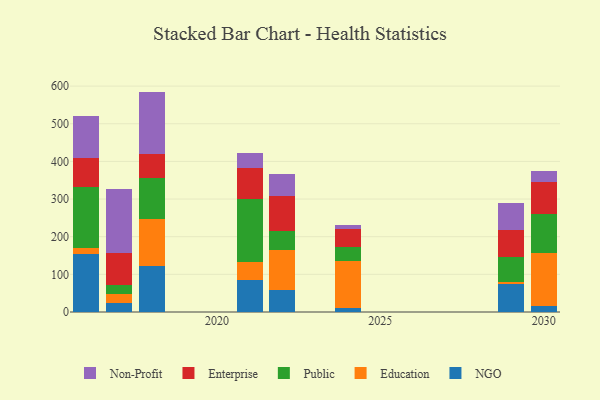
{"axis": {"x": "Year", "y": "Tickets Resolved"}, "legend": ["Education", "Enterprise", "NGO", "Non-Profit", "Public"], "data": [{"x": "2017", "y": 25.1, "type": "NGO"}, {"x": "2017", "y": 23.9, "type": "Education"}, {"x": "2017", "y": 23.9, "type": "Public"}, {"x": "2017", "y": 83.5, "type": "Enterprise"}, {"x": "2017", "y": 169.4, "type": "Non-Profit"}, {"x": "2021", "y": 84.0, "type": "NGO"}, {"x": "2021", "y": 48.0, "type": "Education"}, {"x": "2021", "y": 168.8, "type": "Public"}, {"x": "2021", "y": 82.3, "type": "Enterprise"}, {"x": "2021", "y": 40.0, "type": "Non-Profit"}, {"x": "2018", "y": 121.1, "type": "NGO"}, {"x": "2018", "y": 125.3, "type": "Education"}, {"x": "2018", "y": 110.6, "type": "Public"}, {"x": "2018", "y": 61.9, "type": "Enterprise"}, {"x": "2018", "y": 166.5, "type": "Non-Profit"}, {"x": "2030", "y": 17.2, "type": "NGO"}, {"x": "2030", "y": 139.6, "type": "Education"}, {"x": "2030", "y": 103.3, "type": "Public"}, {"x": "2030", "y": 85.4, "type": "Enterprise"}, {"x": "2030", "y": 28.1, "type": "Non-Profit"}, {"x": "2029", "y": 73.9, "type": "NGO"}, {"x": "2029", "y": 5.4, "type": "Education"}, {"x": "2029", "y": 65.9, "type": "Public"}, {"x": "2029", "y": 71.5, "type": "Enterprise"}, {"x": "2029", "y": 73.7, "type": "Non-Profit"}, {"x": "2022", "y": 59.3, "type": "NGO"}, {"x": "2022", "y": 106.1, "type": "Education"}, {"x": "2022", "y": 48.8, "type": "Public"}, {"x": "2022", "y": 92.6, "type": "Enterprise"}, {"x": "2022", "y": 59.1, "type": "Non-Profit"}, {"x": "2024", "y": 9.6, "type": "NGO"}, {"x": "2024", "y": 127.1, "type": "Education"}, {"x": "2024", "y": 35.4, "type": "Public"}, {"x": "2024", "y": 48.2, "type": "Enterprise"}, {"x": "2024", "y": 9.7, "type": "Non-Profit"}, {"x": "2016", "y": 154.4, "type": "NGO"}, {"x": "2016", "y": 14.3, "type": "Education"}, {"x": "2016", "y": 162.5, "type": "Public"}, {"x": "2016", "y": 77.9, "type": "Enterprise"}, {"x": "2016", "y": 111.8, "type": "Non-Profit"}]}